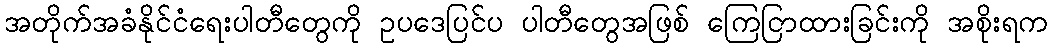
အတိုက်အခံနိုင်ငံရေးပါတီတွေကို ဥပဒေပြင်ပ ပါတီတွေအဖြစ် ကြေငြာထားခြင်းကို အစိုးရက